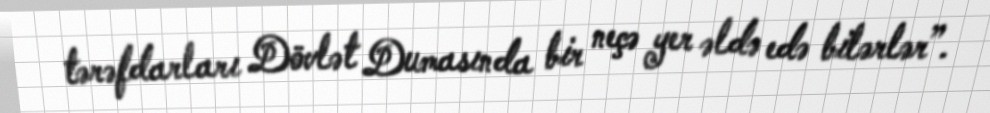
tərəfdarları Dövlət Dumasında bir neçə yer əldə edə bilərlər”.